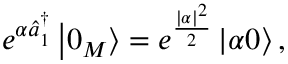
e ^ { \alpha \hat { a } _ { 1 } ^ { \dagger } } \left\vert 0 _ { M } \right\rangle = e ^ { \frac { | \alpha | ^ { 2 } } { 2 } } \left\vert \alpha 0 \right\rangle ,